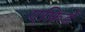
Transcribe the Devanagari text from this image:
एफ़िर्ड